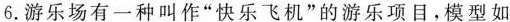
6.游乐场有一种叫作”快乐飞机”的游乐项目，模型如